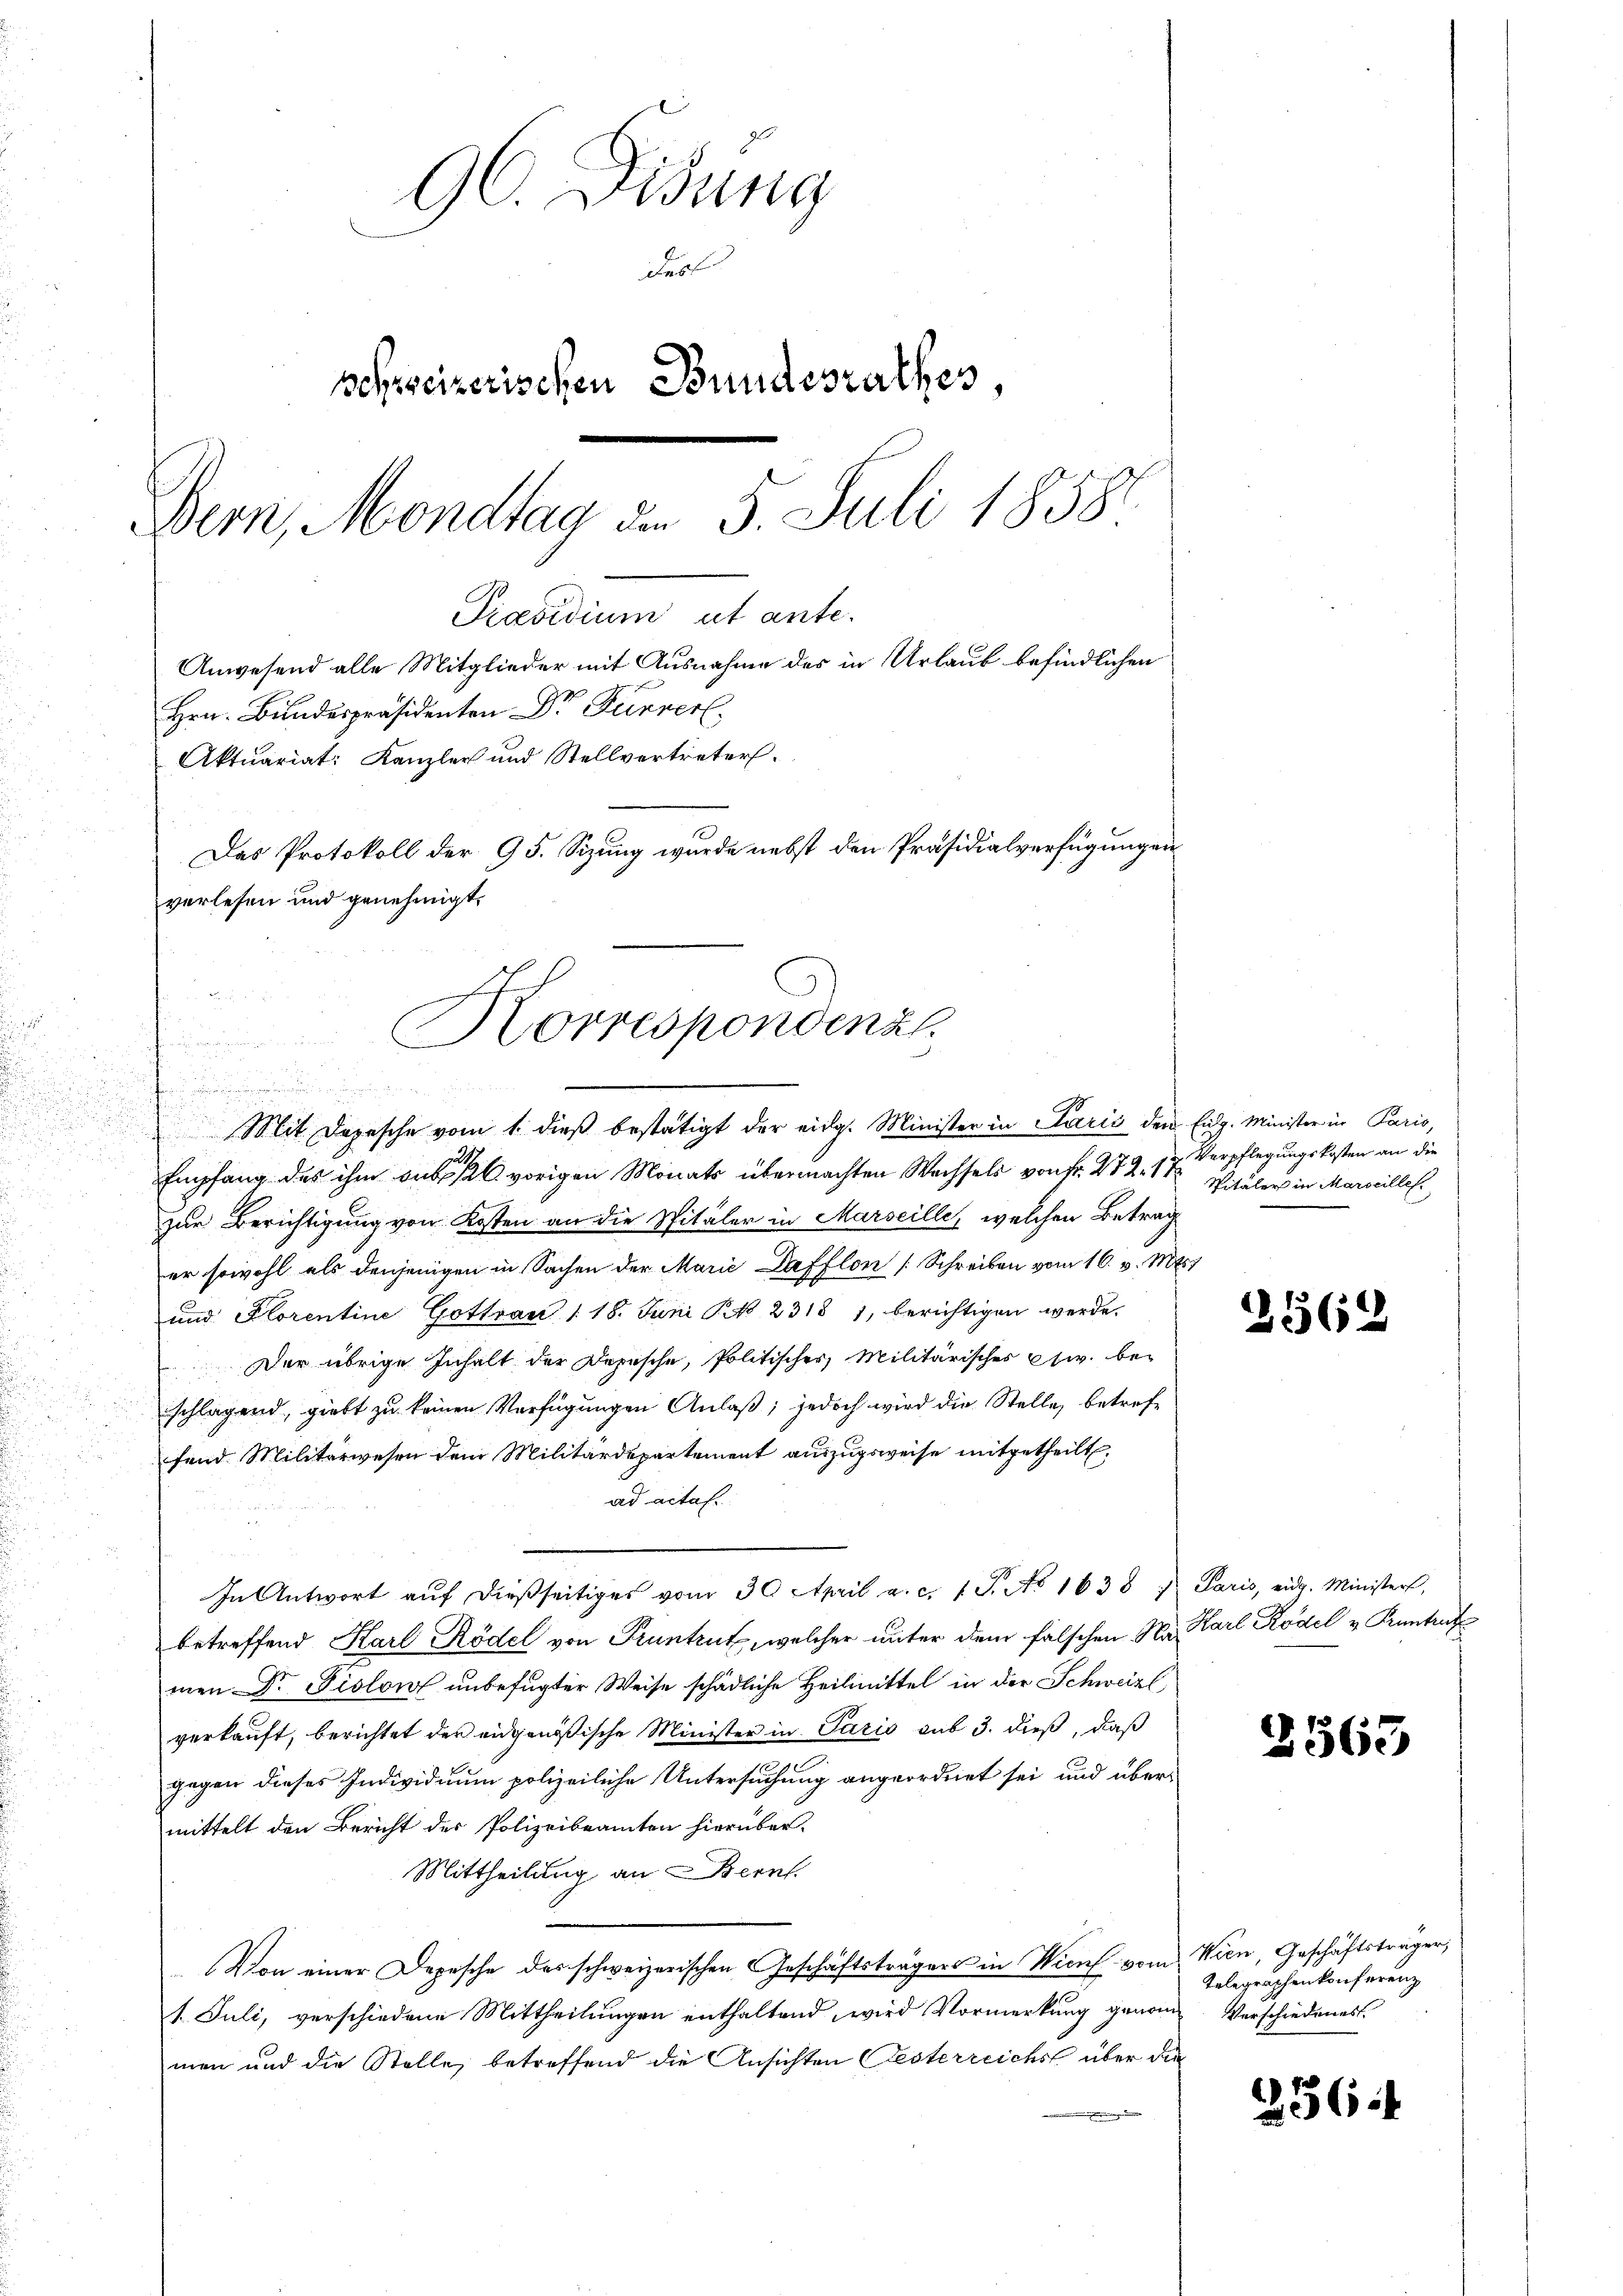
.
.

Hrn. Bundespräsidenten Dr Furrer
Aktuariat: Kanzler und Stellvertreter.
Das Protokoll der 95. Sizung wurde nebst den Präsidialverfügungen
verlesen und genehmigt.
e
Korrespondenzl

96. Disung
derl
schweizerischen Bundesrathes,
Der, Mondtag d. 5. Juli 1858

Präsidium ut ante.

Anwesend alle Mitglieder mit Ausnahme des in Urlaub befindlichen

.
u
 Mit Depesche vom 1. dieβ bestätigt der eidg. Minister in Paris den Eidg. Minister in Paris,
Empfang des ihm aus l. vorigen Monats übermachten Wechsels von Fr. 272. 17
zur Berichtigung von Kosten an die Spitäler in Marseille, welchen Betrag
er sowohl als denjenigen in Sachen der Marie Dafflon [Schreiben vom 16. v. 1881
und Florentine Gottrau 1 18. Juni KN 23181, berichtigen werde.
Der übrige Inhalt der Depesche, Politisches Militärisches w. bei
schlagend, giebt zu keinen Verfügungen Anlaß; jedoch wird die Stelle, betreffend Militärwesen dem Militärdepartement auszugsweise mitgetheilt.
ad actaf.
In Antwort aŭf dießseitiges vom 30. April a. c. 1 S. No 1638 u Paris, eidg. Minister,
betreffend Karl Rödel von Pruntrut, welcher unter dem fälschen Na, Karl Rödel u Kanton
men Dr Piolow unbefugter Weise schädliche Heilmittel in der Schweizl
verkauft, berichtet der eidgenößische Minister in Paris sub 3. dieß, daß
gegen dieses Individuum polizeiliche Untersuchung angeordnet sei und über-
mittelt den Bericht des Polizeibeamten hierüber.
Mittheilung an Bern.
Von einer Depesche des schweizerischen Geschäftsträgers in Wien vom Wien, Geschäftsträger,
1. Juli, verschiedene Mittheilungen enthaltend, wird Vormerkung genom-Verschiedenes
men und die Stelle, betreffend die Ansichten Gesterreichs über die

Verpflegungskosten an die
Sitäler in Marseilles.

2562

3363

Telegraphenkonferenz

236